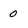
Character: 0